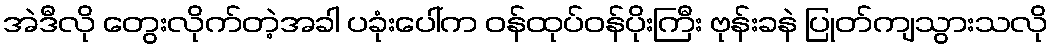
အဲဒီလို တွေးလိုက်တဲ့အခါ ပခုံးပေါ်က ဝန်ထုပ်ဝန်ပိုးကြီး ဗုန်းခနဲ ပြုတ်ကျသွားသလို